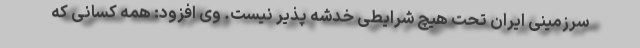
سرزمینی ایران تحت هیچ شرایطی خدشه پذیر نیست. وی افزود: همه کسانی که